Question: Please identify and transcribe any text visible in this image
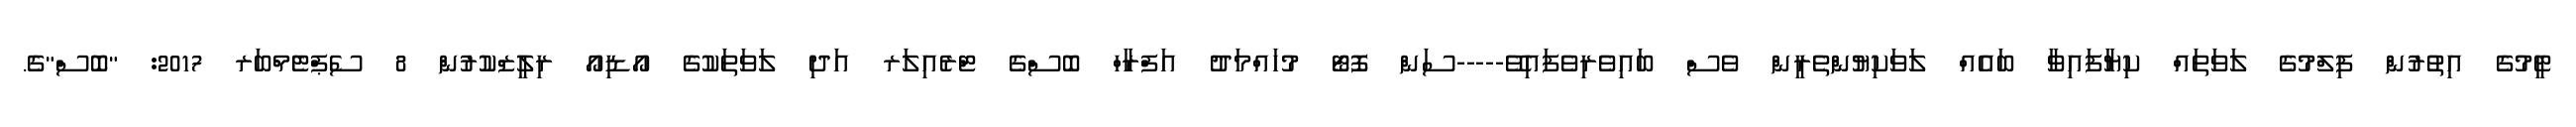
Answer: ޓީމުގެ އިތުރުން ފިލްމުގެ ލަވަތައް ކިޔާފައިވާ ބައެއް ލަވަކިޔުންތެރީން ވެސް ބައިވެރިވެފައިވޭ-----ސަން ފޮޓޯ މުހައްމަދު އަފްރާހް ބޮސްގެ ޓްރެއިލަރ އަދި ލަވަތަކުގެ އޯޑިއޯ ރިލީޒްކުރުން 8 ސެޕްޓެމްބަރ 2017: "ބޮސް"ގެ.